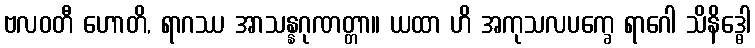
ဗလဝတီ ဟောတိ, ရာဂဿ အာသန္နဂုဏတ္တာ။ ယထာ ဟိ အကုသလပက္ခေ ရာဂေါ သိနိဒ္ဓေါ